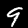
Label: 9